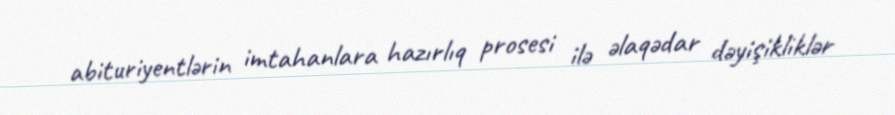
abituriyentlərin imtahanlara hazırlıq prosesi ilə əlaqədar dəyişikliklər